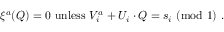
\xi ^ { a } ( Q ) = 0 ~ { \mathrm { u n l e s s } } ~ V _ { i } ^ { a } + U _ { i } \cdot Q = s _ { i } ~ ( { \mathrm { m o d } } ~ 1 ) ~ .